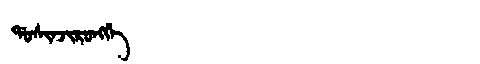
Manchu: ᡩᠣᠰᡳᠨᠵᡳᡵᠣᠩᡤᡝ
Romanization: DOSINJIRONGGE